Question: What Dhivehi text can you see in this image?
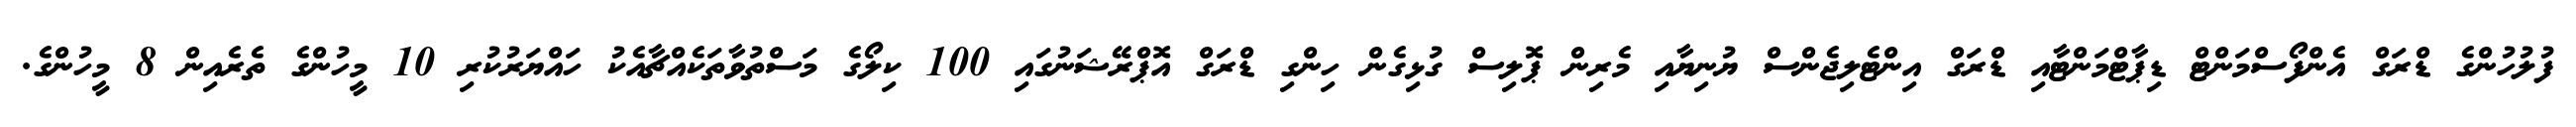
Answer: ފުލުހުންގެ ޑްރަގް އެންފޯސްމަންޓް ޑިޕާޓްމަންޓާއި ޑްރަގް އިންޓެލިޖެންސް ޔުނިޔާއި މެރިން ޕޮލިސް ގުޅިގެން ހިންގި ޑްރަގް އޮޕްރޭޝަނުގައި 100 ކިލޯގެ މަސްތުވާތަކެއްޗާއެކު ހައްޔަރުކުރި 10 މީހުންގެ ތެރެއިން 8 މީހުންގެ.